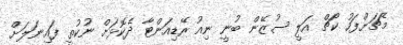
މެޗަށްފަހު ކޯޗް އަލީ ސުޒޭން ބުނީ ނިއު ރޭޑިއަންޓާ ދެކޮޅަށް ނުކުތީ ފައިނަލަށް